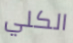
الكلي